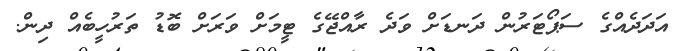
އަދަދެއްގެ ސަޕޯޓަރުން ދަނޑަށް ވަދެ ރާއްޖޭގެ ޓީމަށް ވަރަށް ބޮޑު ތަރުހީބެއް ދިން.